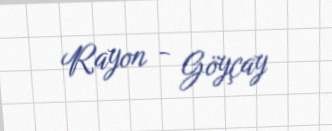
Rayon - Göyçay